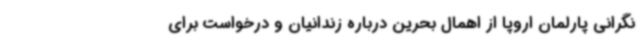
نگرانی پارلمان اروپا از اهمال بحرین درباره زندانیان و درخواست برای